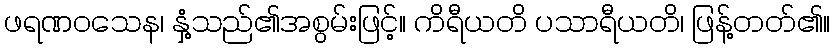
ဖရဏဝသေန၊ နှံ့သည်၏အစွမ်းဖြင့်။ ကိရီယတိ ပသာရီယတိ၊ ဖြန့်တတ်၏။